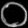
Digit: ၀